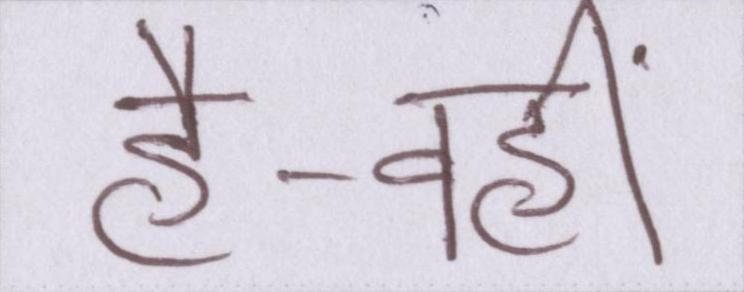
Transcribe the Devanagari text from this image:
है-वहीं